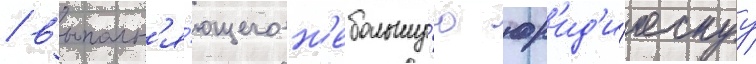
/ выполн'я́ющего н'ебольшу́ю юр'ид'и́ческуу